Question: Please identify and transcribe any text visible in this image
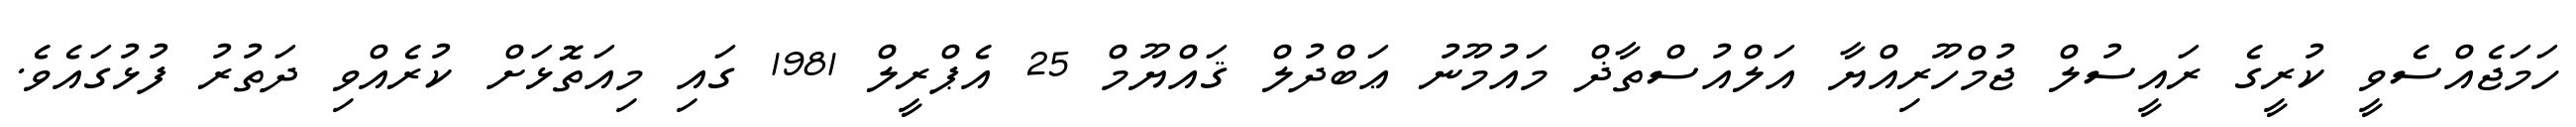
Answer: ހަމަޖެއްސެވީ ކުރީގެ ރައީސުލް ޖުމްހޫރިއްޔާ އަލްއުސްތާޛް މައުމޫނު ޢަބްދުލް ޤައްޔޫމް 25 އެޕްރީލް 1981 ގައި މިއަތޮޅަށް ކުރެއްވި ދަތުރު ފުޅުގައެވެ.